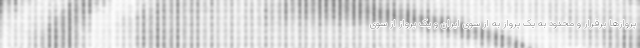
پروازها برقرار و محدود به یک پرواز به از سوی ایران و یک پرواز از سوی